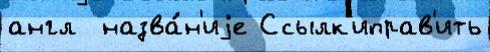
англ  назва́н'иjе Ссылк'иправ'ить